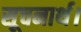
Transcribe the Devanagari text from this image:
सूचनार्थ।